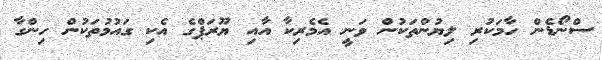
ސްނޯޑެން ހާމަކުރި ލިޔުންތަކުން ވަނީ އެމެރިކާ އާއި ޔޫރަޕްގެ އެކި ގައުމުތަކުން ހިންގާ